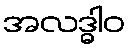
အလဒ္ဓါဝ